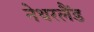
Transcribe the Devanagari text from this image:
नेथरलैंड